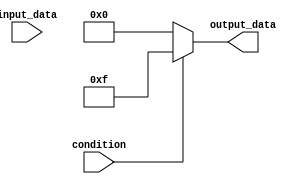
module behavioral_modeling_example(
    input wire condition,
    input wire [1:0] input_data,
    output reg [3:0] output_data
);

always @(*) begin
    casez ({condition, input_data})
        2'b00??: output_data = 4'b0000; // If condition is 00, output_data is all zeros
        2'b011?: output_data = 4'b1010; // If condition is 011, output_data is 1010
        2'b1?11: output_data = 4'b1101; // If condition is 111, output_data is 1101
        default: output_data = 4'b1111; // Default case if no condition is matched
    endcase
end

endmodule